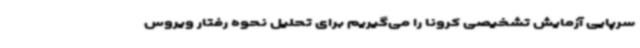
سرپایی آزمایش تشخیصی کرونا را می‌گیریم برای تحلیل نحوه رفتار ویروس